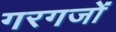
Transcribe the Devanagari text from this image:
गरगजों